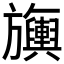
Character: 𬀣